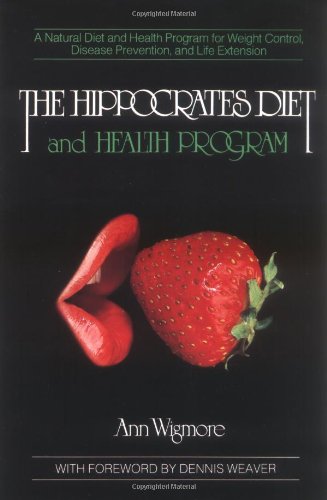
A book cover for The Hippocrates Diet and Health Program (Natural Diet and Health Program for Weight Control, Disease); Ann Wigmore; Health, Fitness & Dieting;